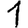
Digit: 1